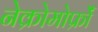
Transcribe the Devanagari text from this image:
नेक्रोमोर्फ्रों